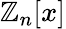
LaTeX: \mathbb{Z}_{n}[x]